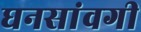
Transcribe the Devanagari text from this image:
घनसांवगी